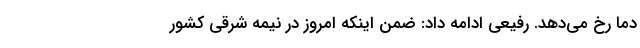
دما رخ می‌دهد. رفیعی ادامه داد: ضمن اینکه امروز در نیمه شرقی کشور